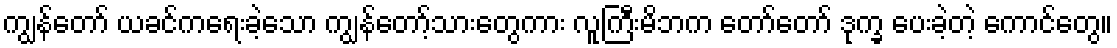
ကျွန်တော် ယခင်ကရေးခဲ့သော ကျွန်တော့်သားတွေကား လူကြီးမိဘက တော်တော် ဒုက္ခ ပေးခဲ့တဲ့ ကောင်တွေ။